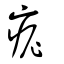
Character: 痆